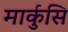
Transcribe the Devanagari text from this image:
मार्कुसि